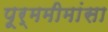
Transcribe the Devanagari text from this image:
पूर्ममीमांसा